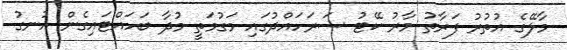
މާލޭގެ އުތުރު ފަރާތު މާރު ކޭޓު ސަރަހައްދުގައި މަގުމަތީ މުދާ ބަހައްޓައިގެން އުނގު